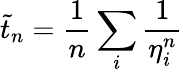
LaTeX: \tilde{t}_{n}=\frac{1}{n}\sum_{i}\frac{1}{\eta_{i}^{n}}